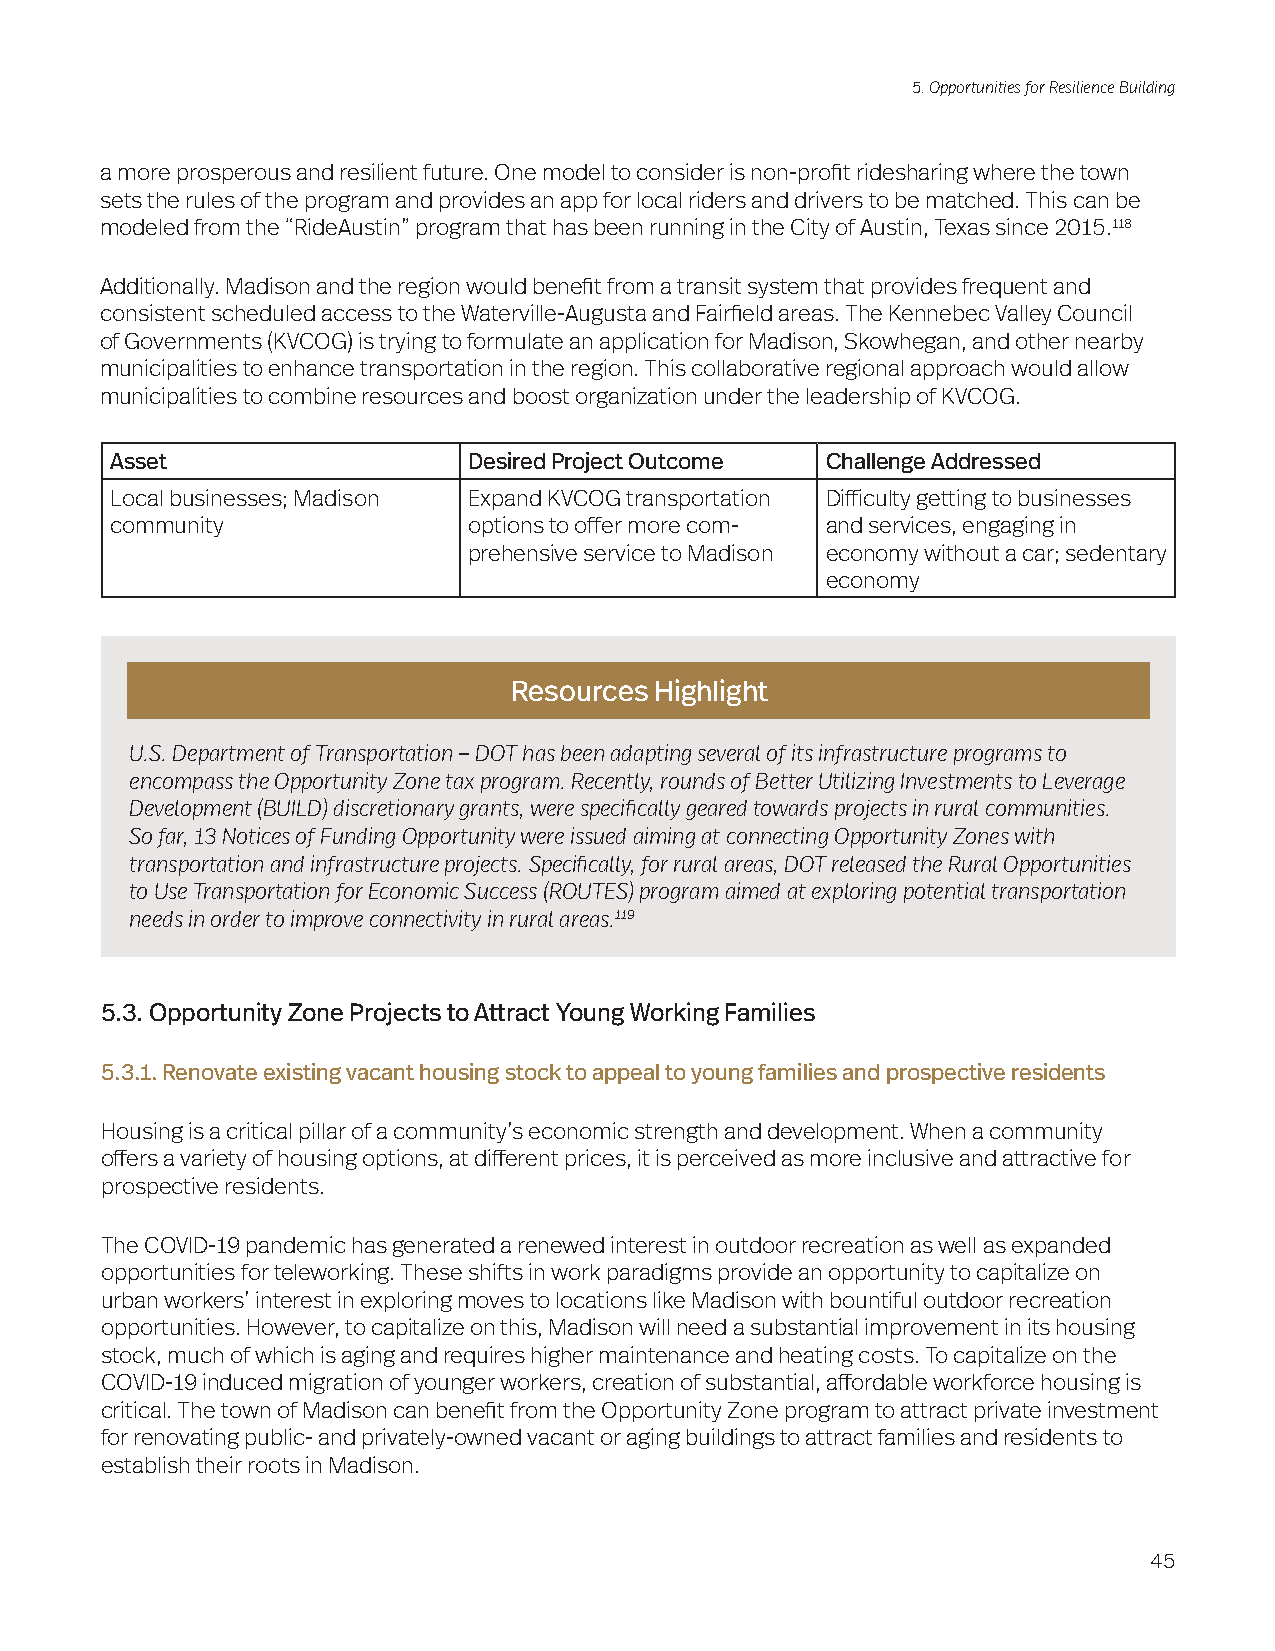
5. Opportunities for Resilience Building
 a more prosperous and resilient future. One model to consider is non-profit ridesharing where the town
 sets the rules of the program and provides an app for local riders and drivers to be matched. This can be
 modeled from the “RideAustin” program that has been running in the City of Austin, Texas since 2015.118
 Additionally. Madison and the region would benefit from a transit system that provides frequent and
 consistent scheduled access to the Waterville-Augusta and Fairfield areas. The Kennebec Valley Council
 of Governments (KVCOG) is trying to formulate an application for Madison, Skowhegan, and other nearby
 municipalities to enhance transportation in the region. This collaborative regional approach would allow
 municipalities to combine resources and boost organization under the leadership of KVCOG.
 Asset                   Desired Project Outcome Challenge Addressed
 Local businesses; Madison Expand KVCOG transportation Difficulty getting to businesses
 community               options to offer more com- and services, engaging in
 prehensive service to Madison economy without a car; sedentary
 economy
 Resources Highlight
 U.S. Department of Transportation – DOT has been adapting several of its infrastructure programs to
 encompass the Opportunity Zone tax program. Recently, rounds of Better Utilizing Investments to Leverage
 Development (BUILD) discretionary grants, were specifically geared towards projects in rural communities.
 So far, 13 Notices of Funding Opportunity were issued aiming at connecting Opportunity Zones with
 transportation and infrastructure projects. Specifically, for rural areas, DOT released the Rural Opportunities
 to Use Transportation for Economic Success (ROUTES) program aimed at exploring potential transportation
 needs in order to improve connectivity in rural areas.119
 5.3. Opportunity Zone Projects to Attract Young Working Families
 5.3.1. Renovate existing vacant housing stock to appeal to young families and prospective residents
 Housing is a critical pillar of a community’s economic strength and development. When a community
 offers a variety of housing options, at different prices, it is perceived as more inclusive and attractive for
 prospective residents.
 The COVID-19 pandemic has generated a renewed interest in outdoor recreation as well as expanded
 opportunities for teleworking. These shifts in work paradigms provide an opportunity to capitalize on
 urban workers’ interest in exploring moves to locations like Madison with bountiful outdoor recreation
 opportunities. However, to capitalize on this, Madison will need a substantial improvement in its housing
 stock, much of which is aging and requires higher maintenance and heating costs. To capitalize on the
 COVID-19 induced migration of younger workers, creation of substantial, affordable workforce housing is
 critical. The town of Madison can benefit from the Opportunity Zone program to attract private investment
 for renovating public- and privately-owned vacant or aging buildings to attract families and residents to
 establish their roots in Madison.
 45